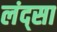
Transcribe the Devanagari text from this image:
लंद्सा